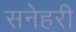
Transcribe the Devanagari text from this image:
सनेहरी